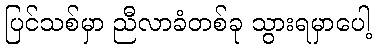
ပြင်သစ်မှာ ညီလာခံတစ်ခု သွားရမှာပေါ့